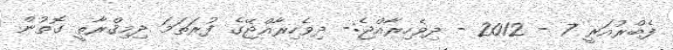
ފެބްރުއަރީ 7 - 2012 - ދިވެހިރާއްޖެ:- ދިވެހިރާއްޖޭގެ ފުރަތަމަ ދިމިޤްރާތީ ގޮތުން